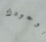
بوجودك